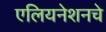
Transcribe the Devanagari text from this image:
एलियनेशनचे